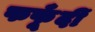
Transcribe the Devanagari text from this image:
फफूँदीं